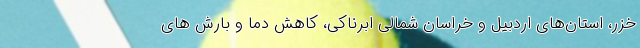
خزر، استان‌های اردبیل و خراسان شمالی ابرناکی، کاهش دما و بارش های